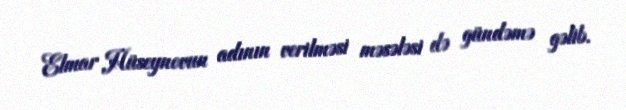
Elmar Hüseynovun adının verilməsi məsələsi də gündəmə gəlib.